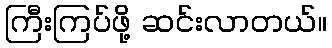
ကြီးကြပ်ဖို့ ဆင်းလာတယ်။